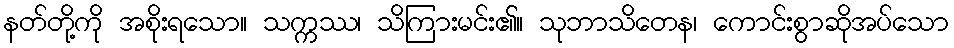
နတ်တို့ကို အစိုးရသော။ သက္ကဿ၊ သိကြားမင်း၏။ သုဘာသိတေန၊ ကောင်းစွာဆိုအပ်သော